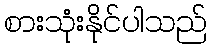
စားသုံးနိုင်ပါသည်